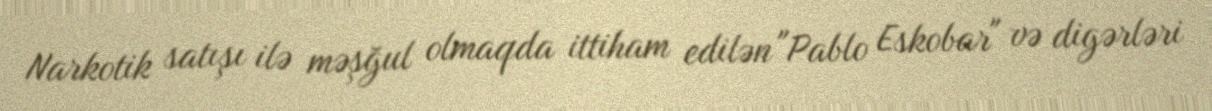
Narkotik satışı ilə məşğul olmaqda ittiham edilən "Pablo Eskobar" və digərləri